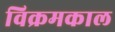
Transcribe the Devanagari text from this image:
विक्रमकाल